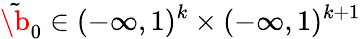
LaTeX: \tilde{\boldsymbol{\b}}_{0}\in(-\infty,1)^{k}\times(-\infty,1)^{k+1}